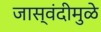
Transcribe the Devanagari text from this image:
जास्वंदीमुळे